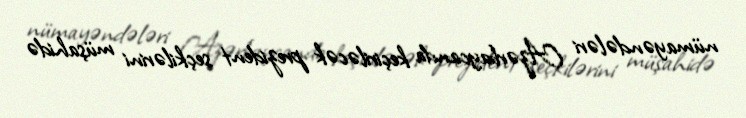
nümayəndələri Azərbaycanda keçiriləcək prezident seçkilərini müşahidə